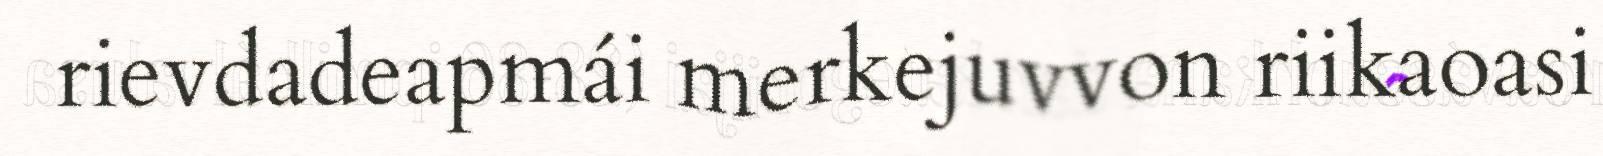
rievdadeapmái merkejuvvon riikaoasi